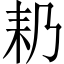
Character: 𮋣